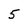
Character: 5